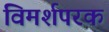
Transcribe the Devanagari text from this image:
विमर्शपरक